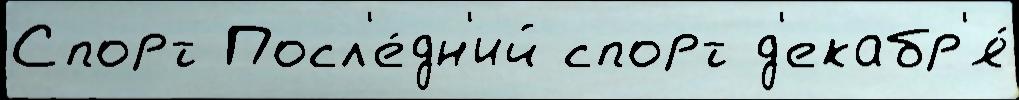
Спорт Посл'е́дн'ий спорт д'екабр'я́